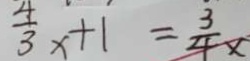
\frac { 4 } { 3 } x + 1 = \frac { 3 } { 4 } x